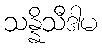
သန္နိသီဒါမ